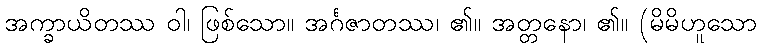
အက္ခာယိတဿ ဝါ၊ ဖြစ်သော။ အင်္ဂဇာတဿ၊ ၏။ အတ္တနော၊ ၏။ (မိမိဟူသော